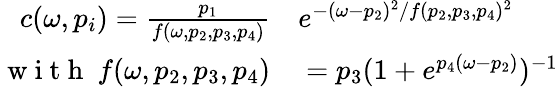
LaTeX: \begin{array}{rl}{c(\omega,p_{i})=\frac{p_{1}}{f(\omega,p_{2},p_{3},p_{4})}}&{{}e^{-(\omega-p_{2})^{2}/f(p_{2},p_{3},p_{4})^{2}}}\\ {\mathrm{~w~i~t~h~}~f(\omega,p_{2},p_{3},p_{4})}&{{}=p_{3}(1+e^{p_{4}(\omega-p_{2})})^{-1}}\end{array}